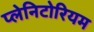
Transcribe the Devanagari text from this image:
प्लेनिटोरियम